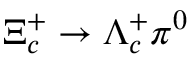
\Xi _ { c } ^ { + } \to \Lambda _ { c } ^ { + } \pi ^ { 0 }